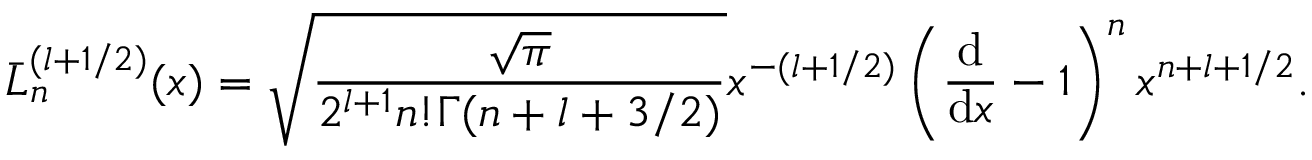
\bar { L } _ { n } ^ { ( l + 1 / 2 ) } ( x ) = \sqrt { \frac { \sqrt { \pi } } { 2 ^ { l + 1 } n ! \Gamma ( n + l + 3 / 2 ) } } x ^ { - ( l + 1 / 2 ) } \left( \frac { \mathrm { d } } { \mathrm { d } x } - 1 \right) ^ { n } x ^ { n + l + 1 / 2 } .